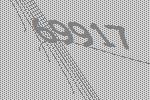
69917